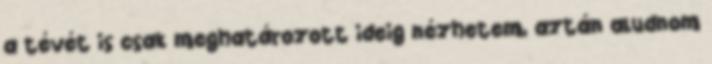
a tévét is csak meghatározott ideig nézhetem, aztán aludnom